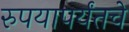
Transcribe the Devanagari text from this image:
रुपयापर्यंतचे